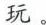
玩。